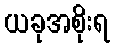
ယခုအစိုးရ